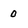
Character: 0